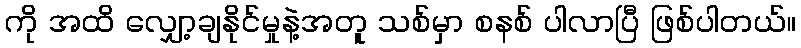
ကို အထိ လျှော့ချနိုင်မှုနဲ့အတူ သစ်မှာ စနစ် ပါလာပြီ ဖြစ်ပါတယ်။